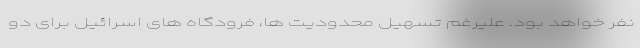
نفر خواهد بود. علیرغم تسهیل محدودیت ها، فرودگاه های اسرائیل برای دو